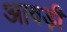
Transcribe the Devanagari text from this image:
आवड़ी